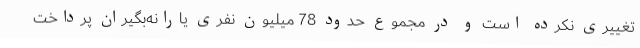
تغییری نکرده است و در مجموع حدود 78 میلیون نفری یارانه‌بگیران پرداخت